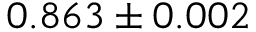
0 . 8 6 3 \pm 0 . 0 0 2